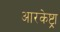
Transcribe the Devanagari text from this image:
आरकेष्ट्रा